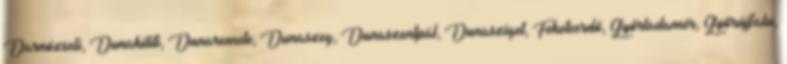
Darnózseli, Dunakiliti, Dunaremete, Dunaszeg, Dunaszentpál, Dunasziget, Feketeerdő, Győrladamér, Győrújfalu,